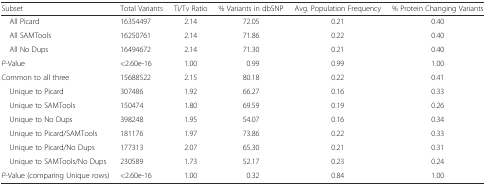
| Subset | Total Variants | Ti/Tv Ratio | % Variants in dbSNP | Avg. Population Frequency | % Protein Changing Variants |
 | --- | --- | --- | --- | --- | --- |
 | All Picard | 16354497 | 2.14 | 72.05 | 0.21 | 0.40 |
 | All SAMTools | 16250761 | 2.14 | 71.86 | 0.22 | 0.40 |
 | All No Dups | 16494672 | 2.14 | 71.30 | 0.21 | 0.40 |
 | P-Value | <2.60e-16 | 1.00 | 0.99 | 0.99 | 1.00 |
 | Common to all three | 15688522 | 2.15 | 80.18 | 0.22 | 0.41 |
 | Unique to Picard | 307486 | 1.92 | 66.27 | 0.16 | 0.33 |
 | Unique to SAMTools | 150474 | 1.80 | 69.59 | 0.19 | 0.26 |
 | Unique to No Dups | 398248 | 1.95 | 54.07 | 0.16 | 0.34 |
 | Unique to Picard/SAMTools | 181176 | 1.97 | 73.86 | 0.22 | 0.33 |
 | Unique to Picard/No Dups | 177313 | 2.07 | 65.30 | 0.21 | 0.31 |
 | Unique to SAMTools/No Dups | 230589 | 1.73 | 52.17 | 0.23 | 0.24 |
 | P-Value (comparing Unique rows) | <2.60e-16 | 1.00 | 0.32 | 0.84 | 1.00 |